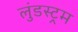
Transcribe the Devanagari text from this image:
लुंडस्ट्रम